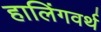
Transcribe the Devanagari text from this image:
हालिंगवर्थ